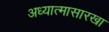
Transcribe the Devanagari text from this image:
अध्यात्मासारखा